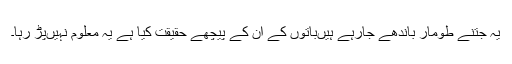
یہ جتنے طومار باندھے جارہے ہیں‌باتوں کے ان کے پیچھے حقیقت کیا ہے یہ معلوم نہیں‌پڑ رہا۔